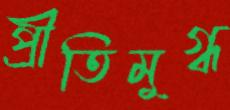
প্রীতিমুগ্ধ